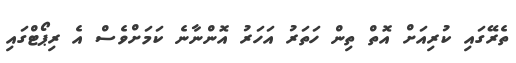
ތެރޭގައި ކުރިއަށް އޮތް ތިން ހަތަރު އަހަރު އޮންނާނެ ކަމަށްވެސް އެ ރިޕޯޓްގައި